Vaccination North-Western Provinces 1866-1877 - 1866-1877
Year: 1866
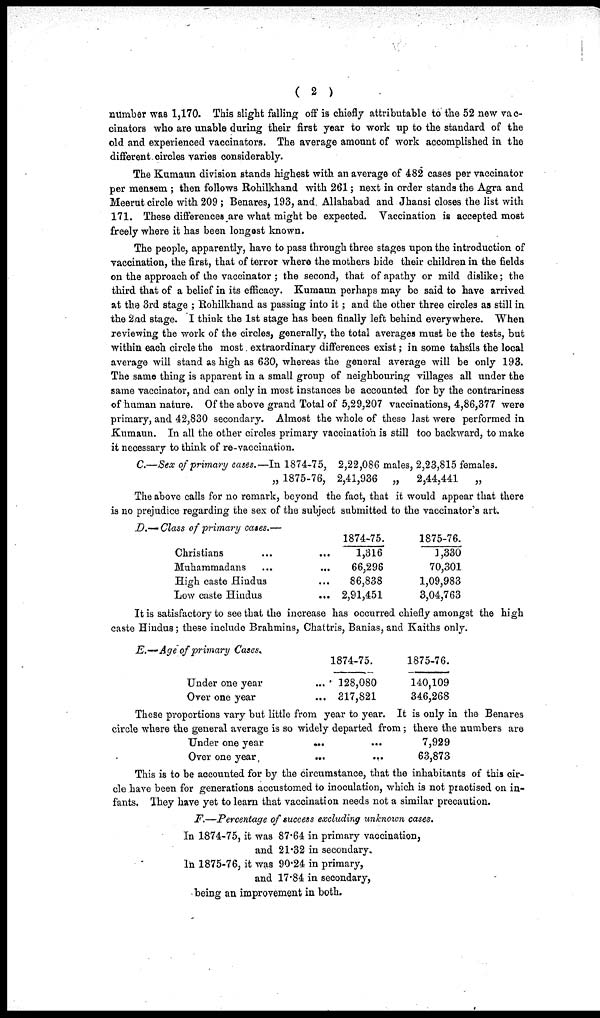
( 2 )
number was 1,170. This slight falling off is chiefly attributable to the 52 new vac-
--nators who are unable during their first year to work up to the standard of the
old and experienced vaccinators. The average amount of work accomplished in the
different circles varies considerably.
The Kumaun division stands highest with an average of 482 cases per vaccinator
per mensem; then follows Rohilkhand with 261; next in order stands the Agra and
Meerut circle with 209; Benares, 193, and. Allahabad and Jhansi closes the list with
171. These differences are what might be expected. Vaccination is accepted most
freely where it has been longest known.
The people, apparently, have to pass through three stages upon the introduction of
vaccination, the first, that of terror where the mothers hide their children in the fields
on the approach of the vaccinator; the second, that of apathy or mild dislike; the
third that of a belief in its efficacy. Kumaun perhaps may be said to have arrived
at the 3rd stage; Rohilkhand as passing into it; and the other three circles as still in
the 2nd stage. I think the 1st stage has been finally left behind everywhere. When
reviewing the work of the circles, generally, the total averages must be the tests, but
within each circle the most extraordinary differences exist; in some tahsils the local
average will stand as high as 630, whereas the general average will be only 193.
The same thing is apparent in a small group of neighbouring villages all under the
same vaccinator, and can only in most instances be accounted for by the contrariness
of human nature. Of the above grand Total of 5,29,207 vaccinations, 4,86,377 were
primary, and 42,830 secondary. Almost the whole of these last were performed in
Kumaun. In all the other circles primary vaccination is still too backward, to make
it necessary to think of re-vaccination.
C.—Sex of primary cases.—In 1874-75, 2,22,086 males, 2,23,815 females.
„ 1875-76, 2,41,936 „
2,44,441
„
The above calls for no remark, beyond the fact, that it would appear that there
is no prejudice regarding the sex of the subject submitted to the vaccinator's art.
D.— Class of primary cases.—
Christians
...
...
Muhammadans
...
...
High caste Hindus ... ...
Low caste Hindus
...
...
1874-75.
1,316
66,296
86,838
2,91,451
1875-76.
1,330
70,301
1,09,983
3,04,763
It is satisfactory to see that the increase has occurred chiefly amongst the high
caste Hindus; these include Brahmins, Chattris, Banias, and Kaiths only.
E.— Age of primary Cases.
Under one year ...
Over one year ...
1874-75.
128,080
317,821
1875-76.
140,109
346,268
These proportions vary but little from year to year. It is only in the Benares
circle where the general average is so widely departed from; there the numbers are
Under one year
...
...
Over one year
...
...
7,929
63,873
This is to be accounted for by the circumstance, that the inhabitants of this cir-
cle have been for generations accustomed to inoculation, which is not practised on in-
fants. They have yet to learn that vaccination needs not a similar precaution.
F.—Percentage of success excluding unknown cases.
In 1874-75, it was 87.64 in primary vaccination,
and 21.32 in secondary.
In 1875-76, it was 90.24 in primary,
and 17.84 in secondary,
being an improvement in both.